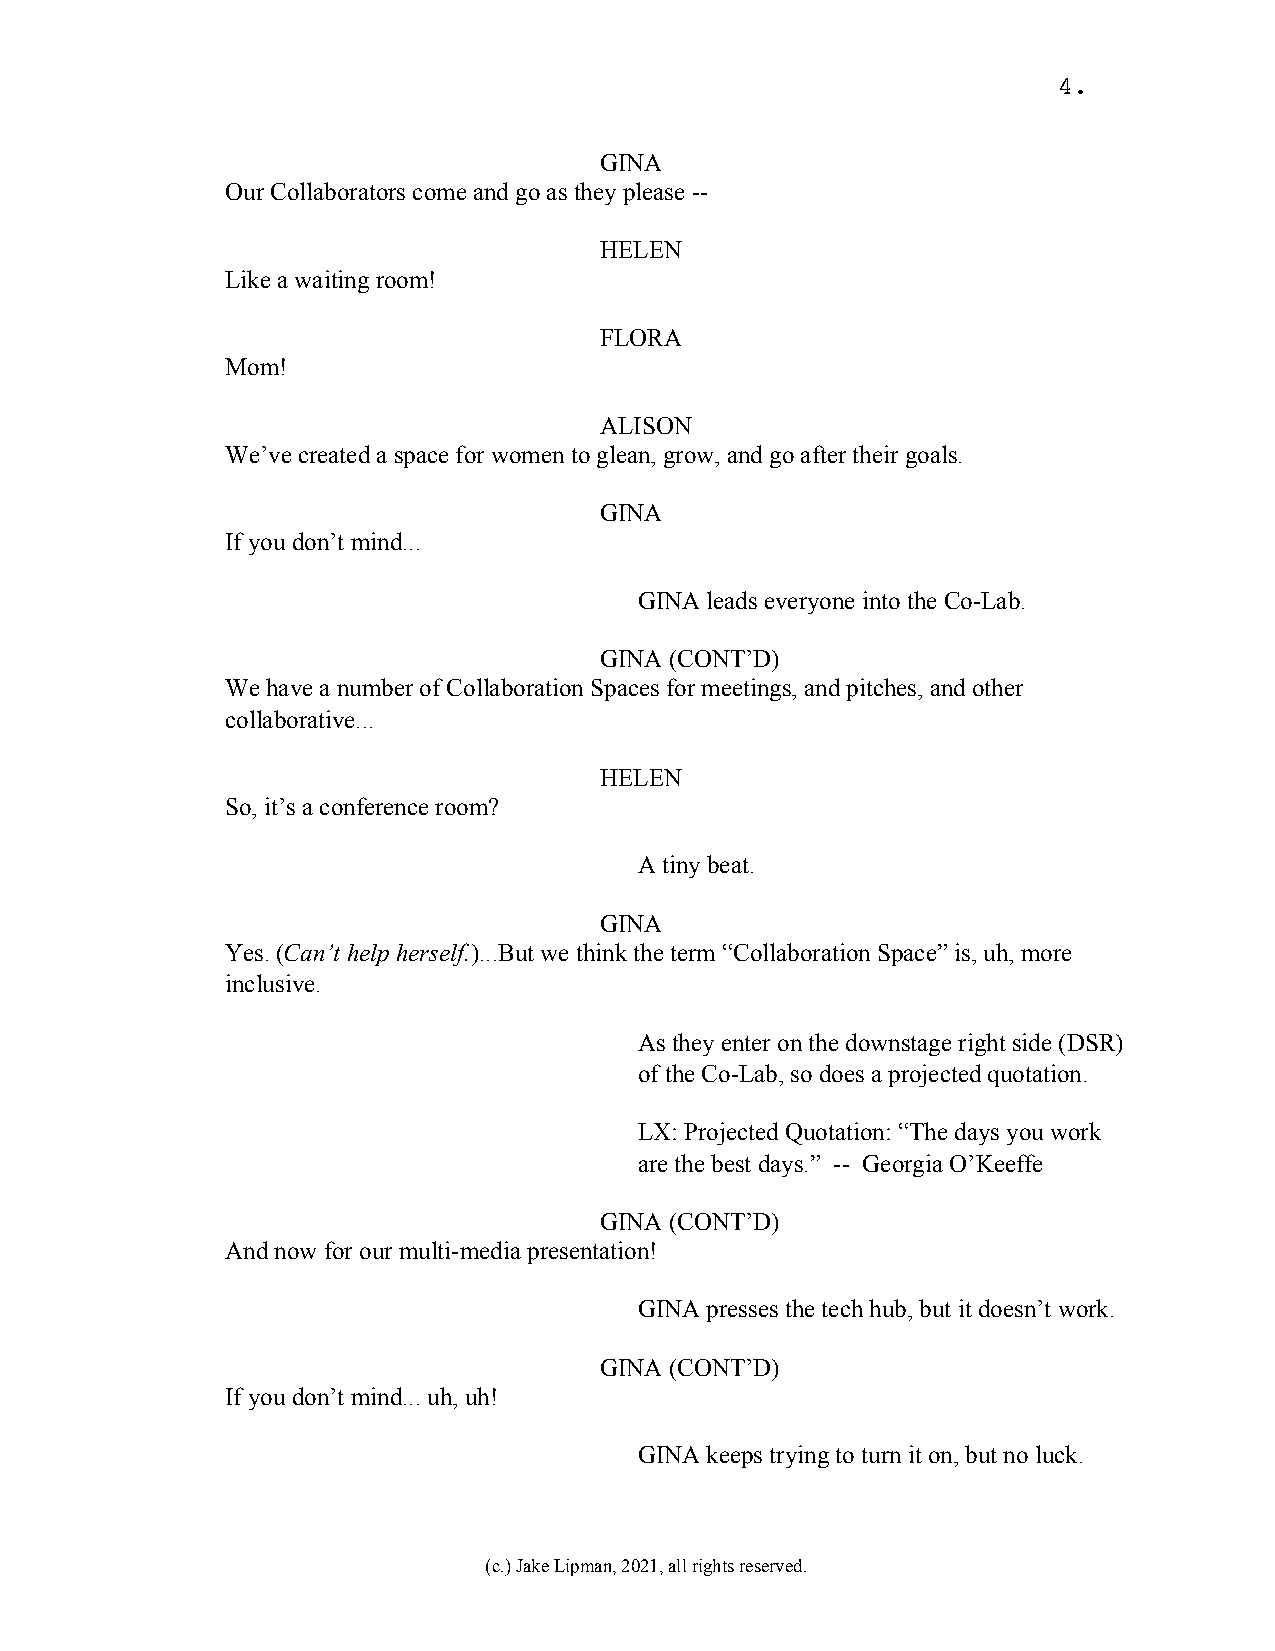
4.
 GINA
 Our Collaborators come and go as they please --
 HELEN
 Like a waiting room!
 FLORA
 Mom!
 ALISON
 We’ve created a space for women to glean, grow, and go after their goals.
 GINA
 If you don’t mind...
 GINA leads everyone into the Co-Lab.
 GINA (CONT’D)
 We have a number of Collaboration Spaces for meetings, and pitches, and other
 collaborative...
 HELEN
 So, it’s a conference room?
 A tiny beat.
 GINA
 Yes. (Can’t help herself.)...But we think the term “Collaboration Space” is, uh, more
 inclusive.
 As they enter on the downstage right side (DSR)
 of the Co-Lab, so does a projected quotation.
 LX: Projected Quotation: “The days you work
 are the best days.” -- Georgia O’Keeffe
 GINA (CONT’D)
 And now for our multi-media presentation!
 GINA presses the tech hub, but it doesn’t work.
 GINA (CONT’D)
 If you don’t mind... uh, uh!
 GINA keeps trying to turn it on, but no luck.
 (c.) Jake Lipman, 2021, all rights reserved.